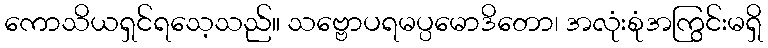
ကောသိယရှင်ရသေ့သည်။ သဗ္ဗောပရမပ္ပမောဒိတော၊ အလုံးစုံအကြွင်းမရှိ